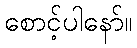
စောင့်ပါနော်။